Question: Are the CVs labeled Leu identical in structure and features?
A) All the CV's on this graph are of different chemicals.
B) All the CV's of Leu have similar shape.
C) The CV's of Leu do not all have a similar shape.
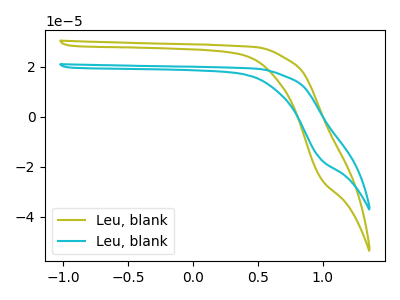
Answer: <think>The olive curve "Leu, blank1" has no peaks. The cyan curve "Leu, blank2" has no peaks.
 Neither "Leu, blank1" or "Leu, blank2" have any peaks.</think>
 <answer>B) All the CV's of "Leu" have similar shape.</answer>
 <eval>B</eval>